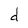
Character: d